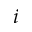
i